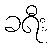
ခရီး